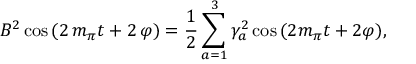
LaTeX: B ^ { 2 } \cos \, ( 2 \, m _ { \pi } t + 2 \, \varphi ) = { \frac { 1 } { 2 } } \sum _ { a = 1 } ^ { 3 } \gamma _ { a } ^ { 2 } \cos \, ( 2 m _ { \pi } t + 2 \varphi ) ,